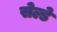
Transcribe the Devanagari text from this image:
सेल्डे